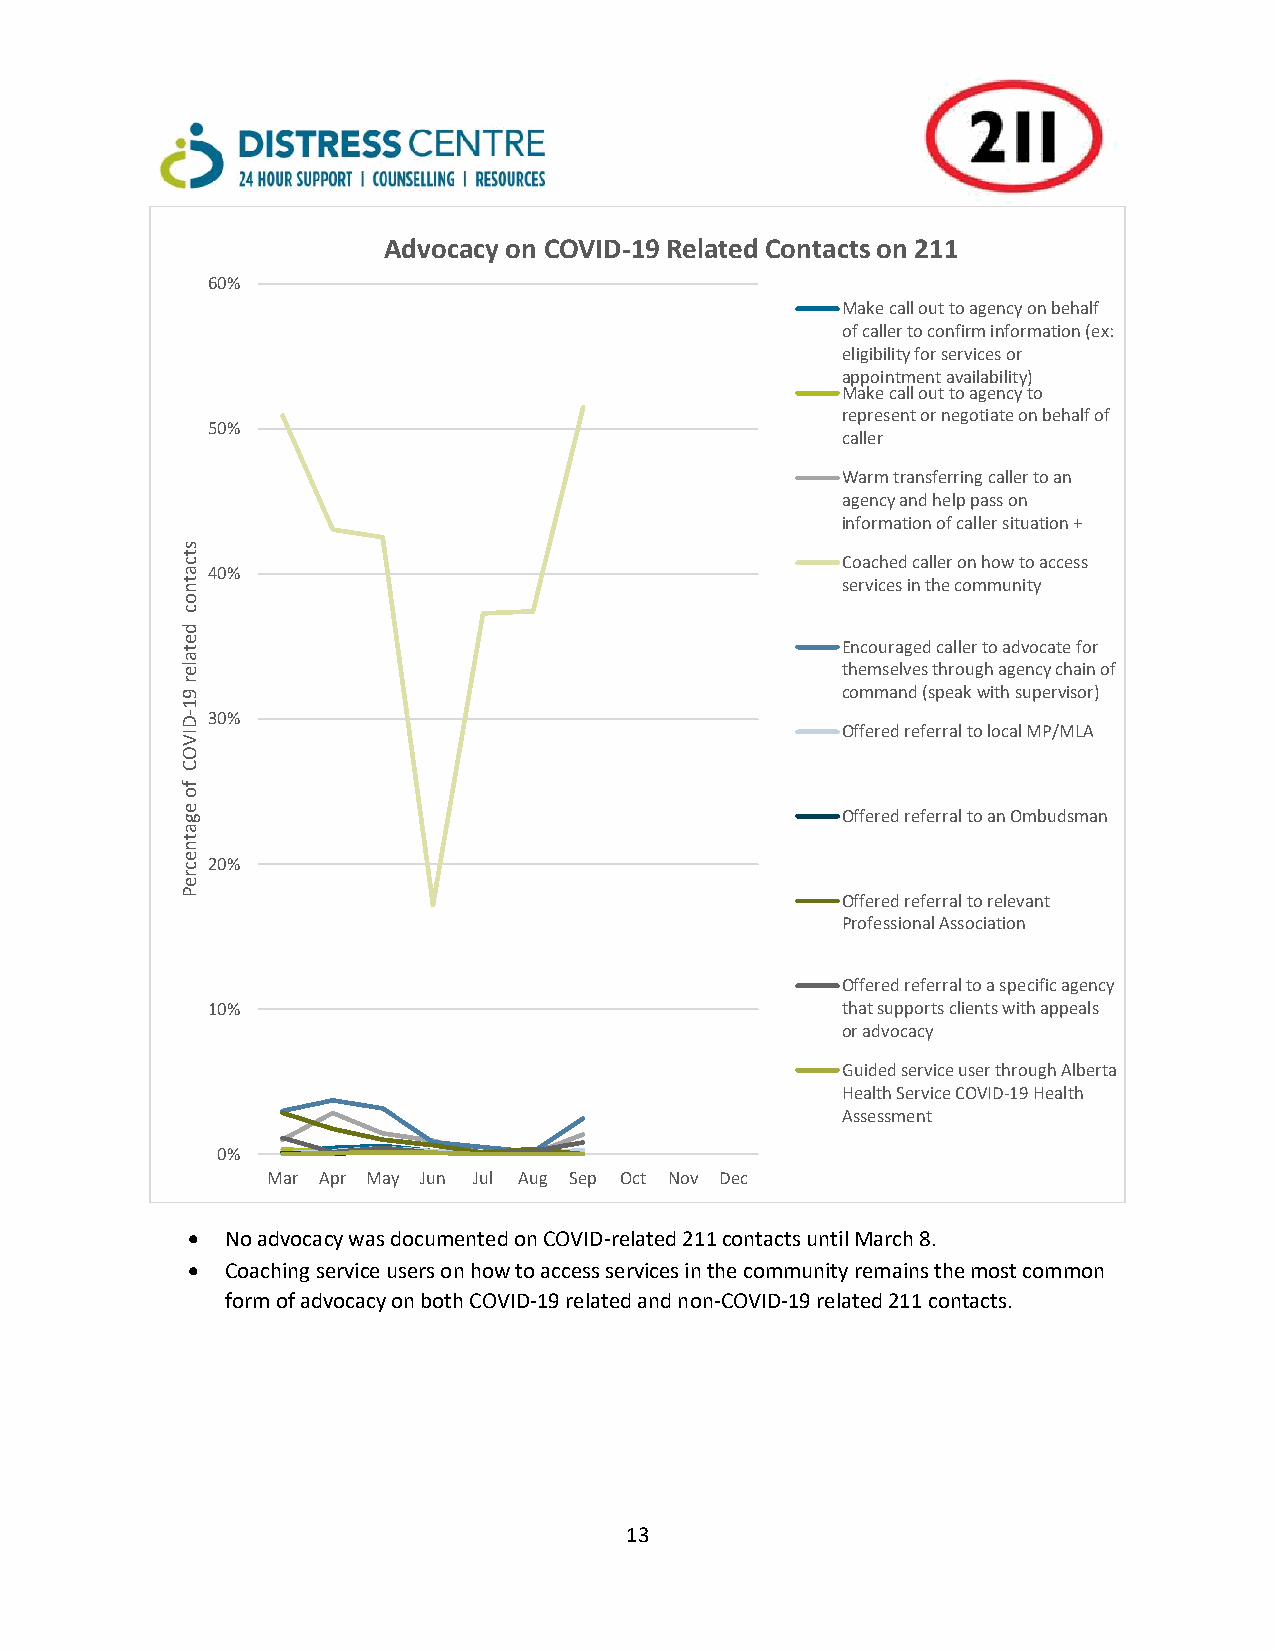
Advocacy on COVID-19 Related Contacts on 211
 60%
 Make call out to agency on behalf
 of caller to confirm information (ex:
 eligibility for services or
 appointment availability)
 Make call out to agency to
 represent or negotiate on behalf of
 50%
 caller
 Warm transferring caller to an
 agency and help pass on
 information of caller situation +
 s
 t c                                         Coached caller on how to access
 a 40%
 t n                                         services in the community
 o
 c
 d
 e t                                         Encouraged caller to advocate for
 a
 le                                          themselves through agency chain of
 r
 9                                           command (speak with supervisor)
 1
 D- 30%
 IV                                          Offered referral to local MP/MLA
 O
 C
 f
 o
 e g                                         Offered referral to an Ombudsman
 a
 t
 n
 e c 20%
 r
 e
 P                                           Offered referral to relevant
 Professional Association
 Offered referral to a specific agency
 10%                                       that supports clients with appeals
 or advocacy
 Guided service user through Alberta
 Health Service COVID-19 Health
 Assessment
 0%
 Mar Apr May Jun Jul Aug Sep Oct Nov Dec
   No advocacy was documented on COVID-related 211 contacts until March 8.
   Coaching service users on how to access services in the community remains the most common
 form of advocacy on both COVID-19 related and non-COVID-19 related 211 contacts.
 13